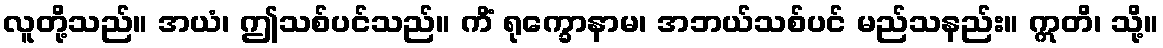
လူတို့သည်။ အယံ၊ ဤသစ်ပင်သည်။ ကိံ ရုက္ခောနာမ၊ အဘယ်သစ်ပင် မည်သနည်း။ ဣတိ၊ သို့။